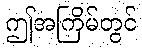
ဤအကြိမ်တွင်